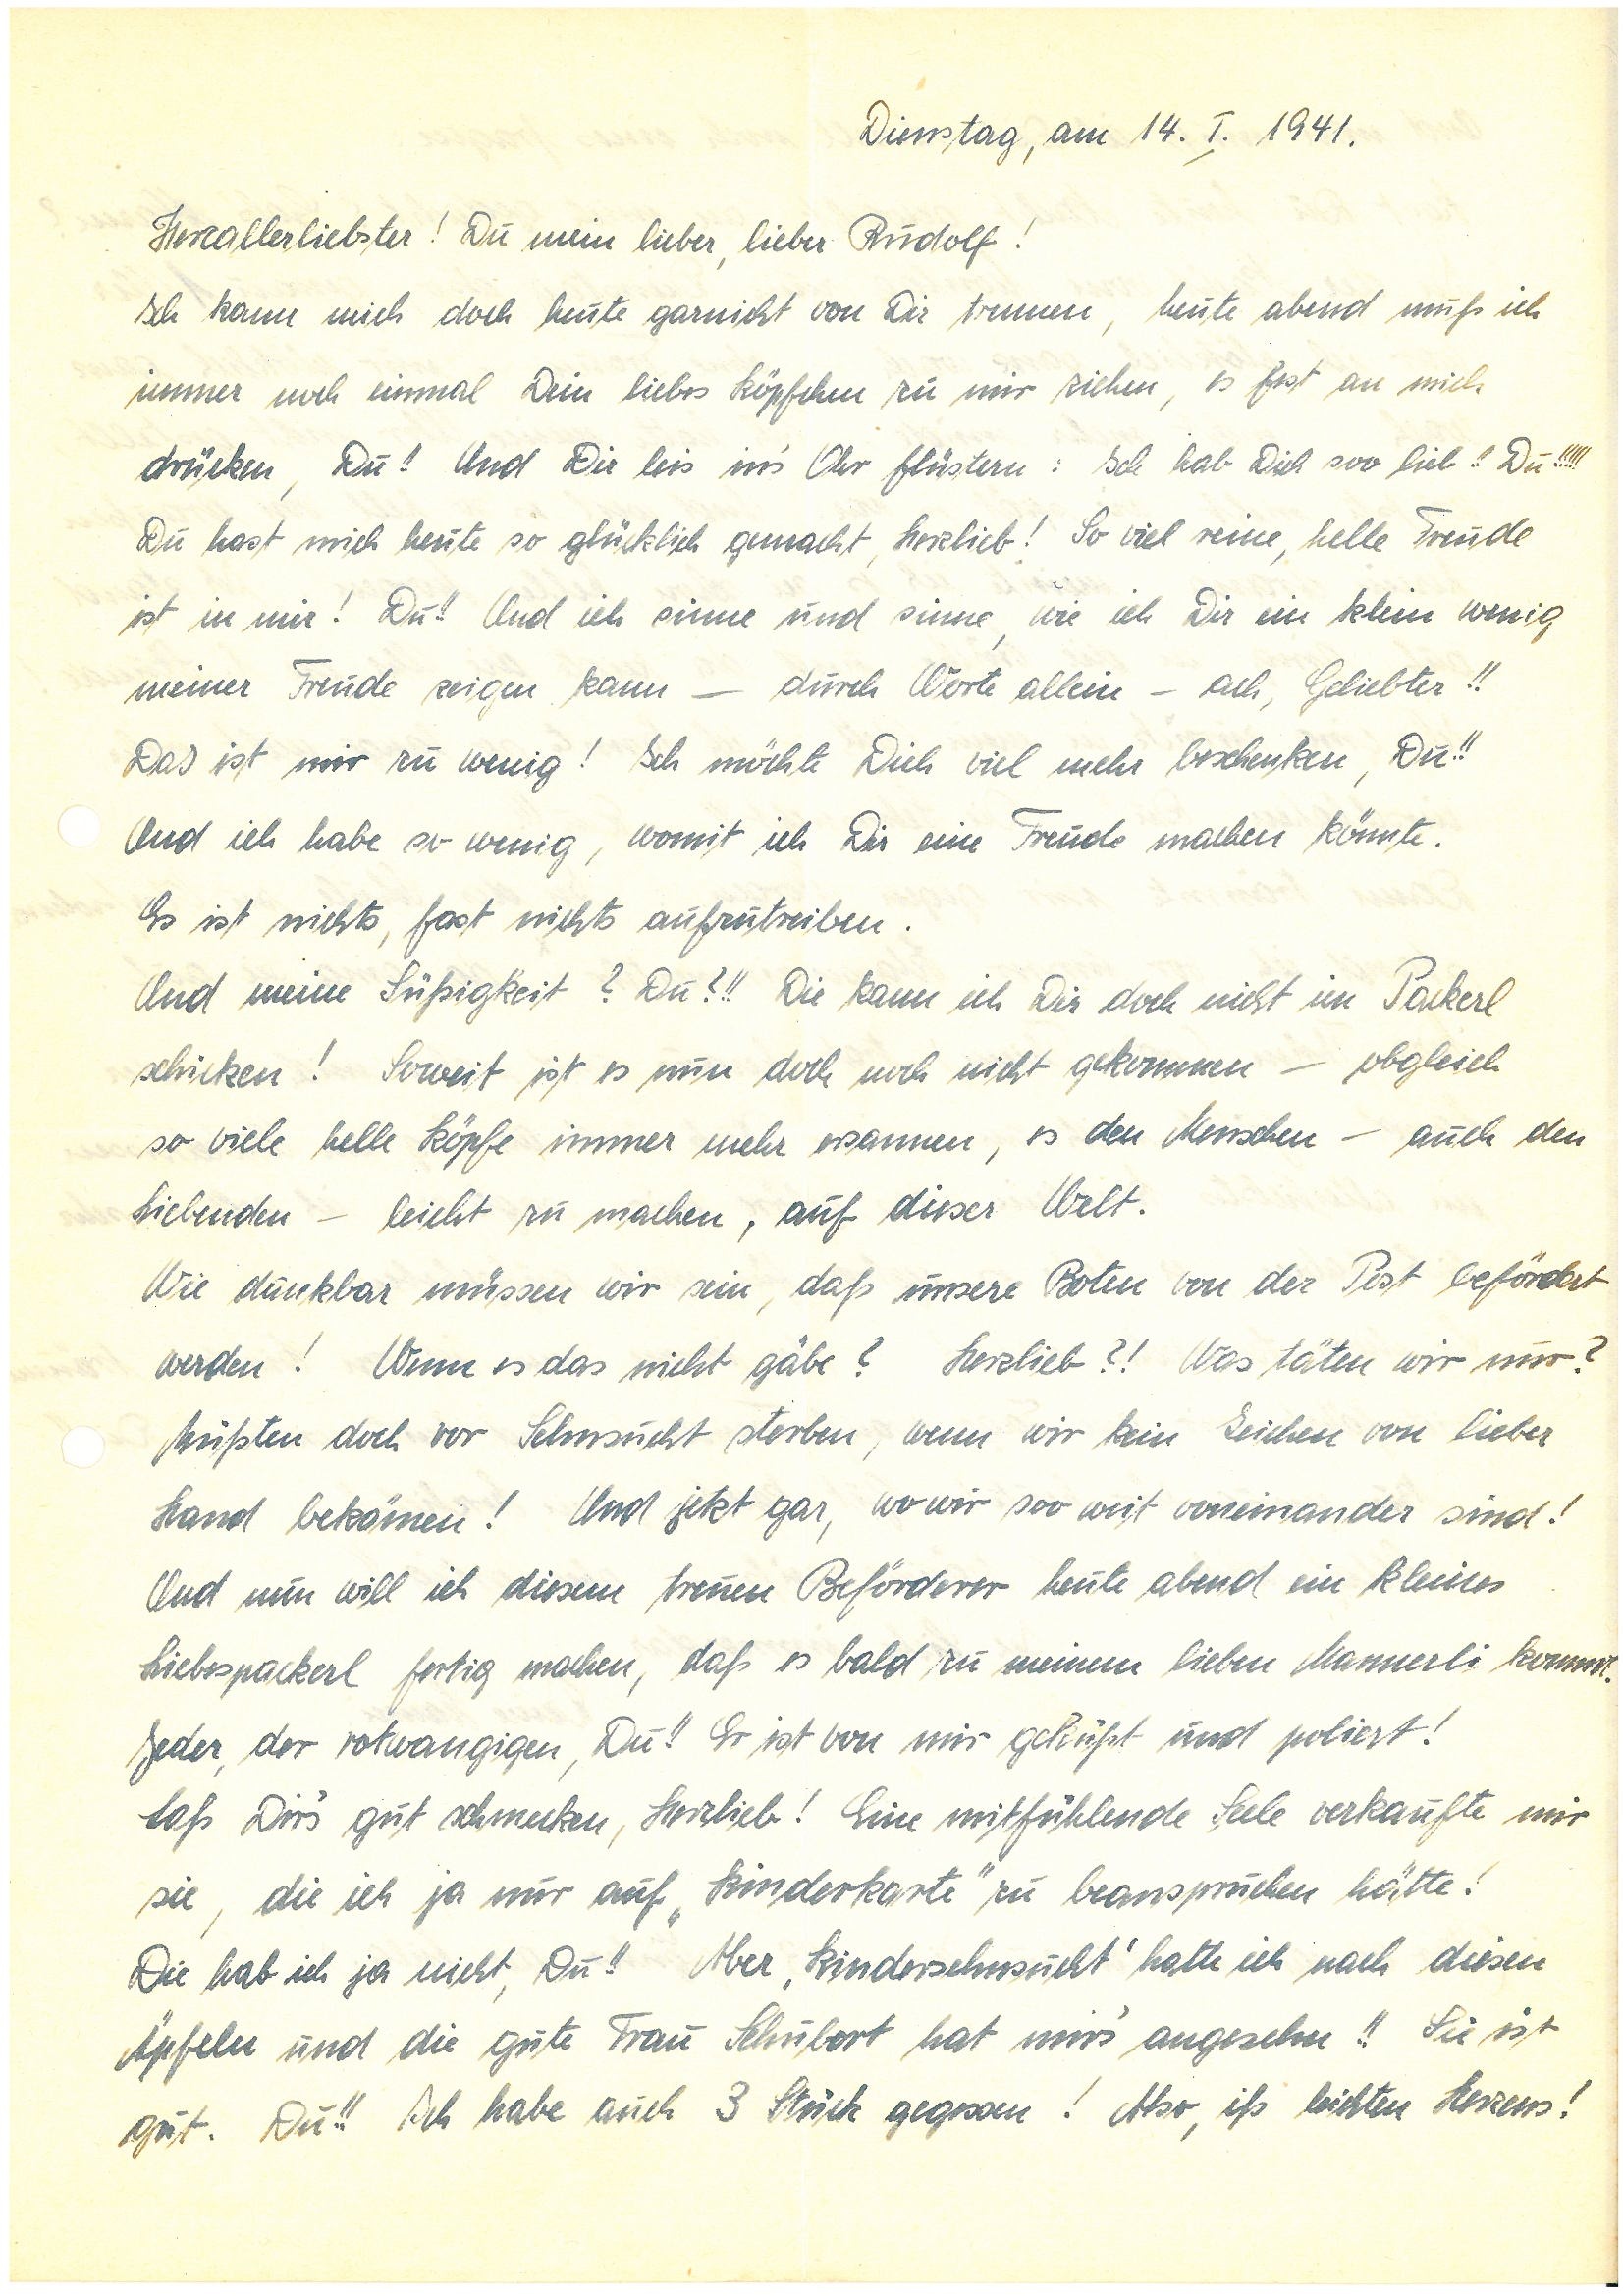
Dienstag, am 14. I. 1941.
Herzallerliebster! Du mein lieber, lieber !
Ich kann mich doch heute garnicht von Dir trennen, heute abend muß ich
immer noch einmal Dein liebes Köpfchen zu mir ziehen, es fest an mich
drücken, Du! Und Dir leis in’s Ohr flüstern: Ich hab Dich soo lieb!! Du!!!!!
Du hast mich heute so glücklich gemacht, Herzlieb! So viel reine, helle Freude
ist in mir! Du!! Und ich sinne und sinne, wie ich Dir ein klein wenig
meiner Freude zeigen kann – durch Worte allein – ach, Geliebter!!
Das ist mir zu wenig! Ich möchte Dich viel mehr beschenken, Du!!
Und ich habe so wenig, womit ich Dir eine Freude machen könnte.
Es ist nichts, fast nichts aufzutreiben.
Und meine Süßigkeit? Du?!! Die kann ich Dir doch nicht im Packerl
schicken! Soweit ist es nun doch noch nicht gekommen – obgleich
so viele helle Köpfe immer mehr ersannen, es den Menschen – auch den
Liebenden – leicht zu machen, auf dieser Welt.
Wie dankbar müssen wir sein, daß unsere Boten von der Post befördert
werden! Wenn es das nicht gäbe? Herzlieb?! Was täten wir nur?
Müßten doch vor Sehnsucht sterben, wenn wir kein Zeichen von lieber
Hand bekämen! Und jetzt gar, wo wir soo weit voneinander sind!
Und nun will ich diesem treuen Beförderer heute abend ein kleines
Liebespackerl fertig machen, daß es bald zu meinem lieben Mannerli kommt.
Jeder, der rotwangigen, Du!! Er ist von mir geküßt und poliert!
Laß Dir’s gut schmecken, Herzlieb! Eine mitfühlende Seele verkaufte mir
sie, die ich ja nur auf „Kinderkarte“ zu beanspruchen hätte!
Die hab ich ja nicht, Du!! Aber ‘Kindersehnsucht’ hatte ich nach diesen
Äpfeln und die gute Frau S. hat mir’s angesehn!! Sie ist
gut. Du!! Ich habe auch 3 Stück gegessen! Aber, iß leichten Herzens!